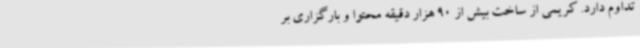
تداوم دارد. کریمی از ساخت بیش از 90 هزار دقیقه محتوا و بارگزاری بر